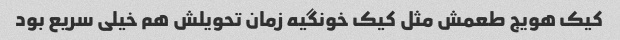
کیک هویج طعمش مثل کیک خونگیه زمان تحویلش هم خیلی سریع بود